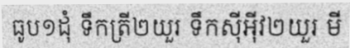
ធូប១ដុំ ទឹកត្រី២យួរ ទឹកស៊ីអ៊ីវ២យួរ មី